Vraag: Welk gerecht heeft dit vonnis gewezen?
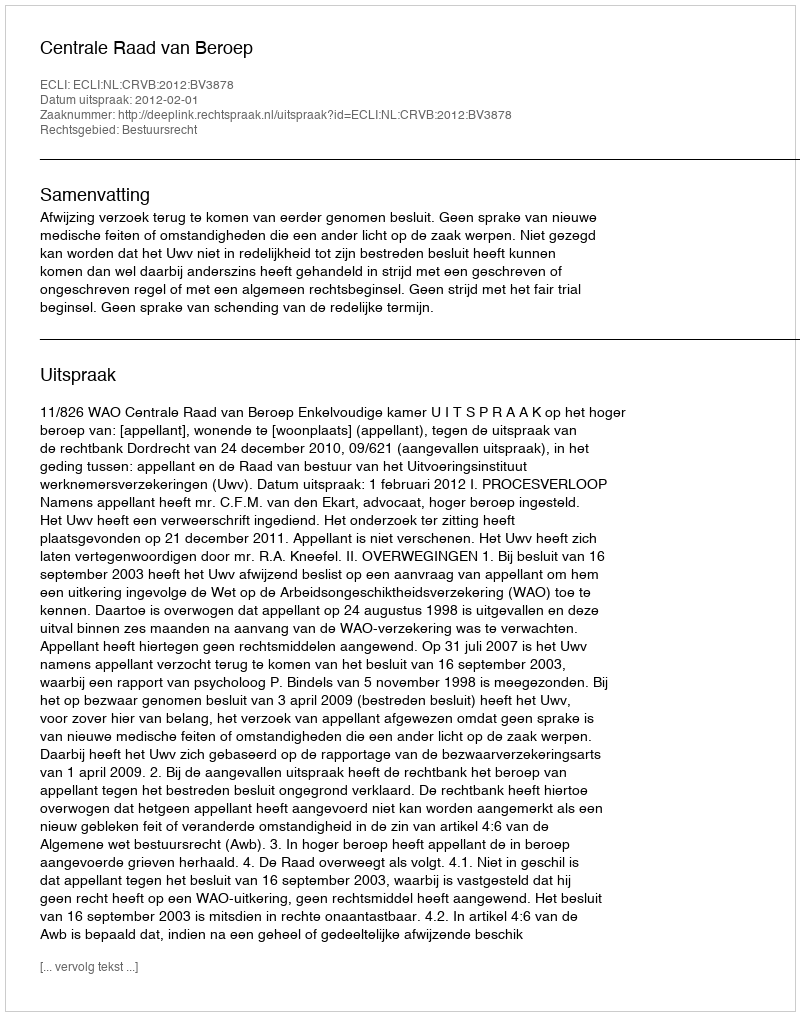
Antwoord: Centrale Raad van Beroep